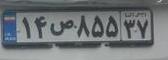
۱۴ص۸۵۵۳۷